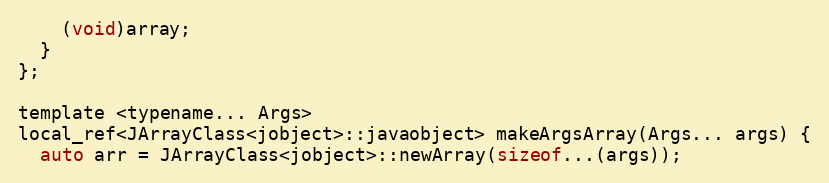
Language: C
    (void)array;
  }
};

template <typename... Args>
local_ref<JArrayClass<jobject>::javaobject> makeArgsArray(Args... args) {
  auto arr = JArrayClass<jobject>::newArray(sizeof...(args));